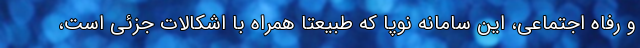
و رفاه اجتماعی، این سامانه نوپا که طبیعتا همراه با اشکالات جزئی است،